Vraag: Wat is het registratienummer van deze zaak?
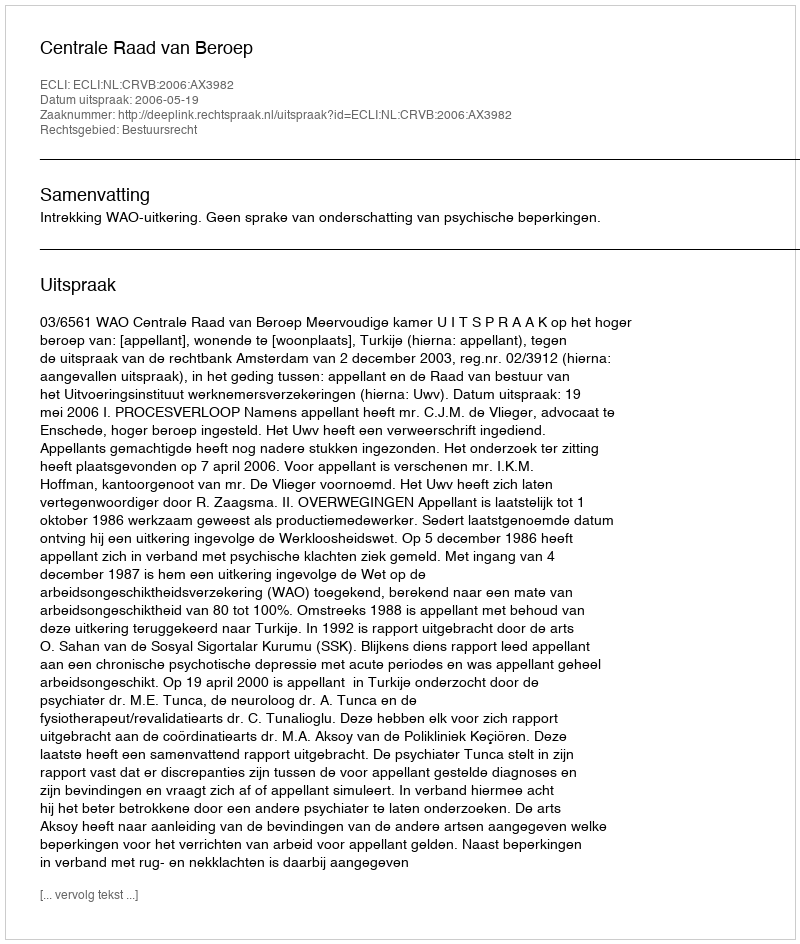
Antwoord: http://deeplink.rechtspraak.nl/uitspraak?id=ECLI:NL:CRVB:2006:AX3982